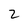
Character: 2